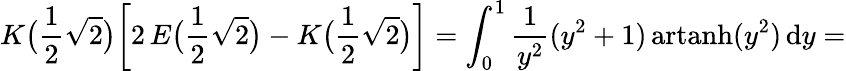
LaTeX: K{\bigl(}{\frac{1}{2}}{\sqrt{2}}{\bigr)}{\biggl[}2\, E{\bigl(}{\frac{1}{2}}{\sqrt{2}}{\bigr)}-K{\bigl(}{\frac{1}{2}}{\sqrt{2}}{\bigr)}{\biggr]}=\int_{0}^{1}{\frac{1}{y^{2}}}(y^{2}+1)\, {\mathrm{artanh}}(y^{2})\, \mathrm{d}y=